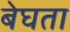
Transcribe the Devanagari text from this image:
बेघता